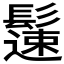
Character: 𩯀